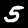
Label: 5